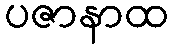
ပဇာနာထ